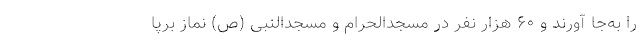
را به‌جا آورند و ۶۰ هزار نفر در مسجدالحرام و مسجدالنبی (ص) نماز برپا